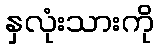
နှလုံးသားကို